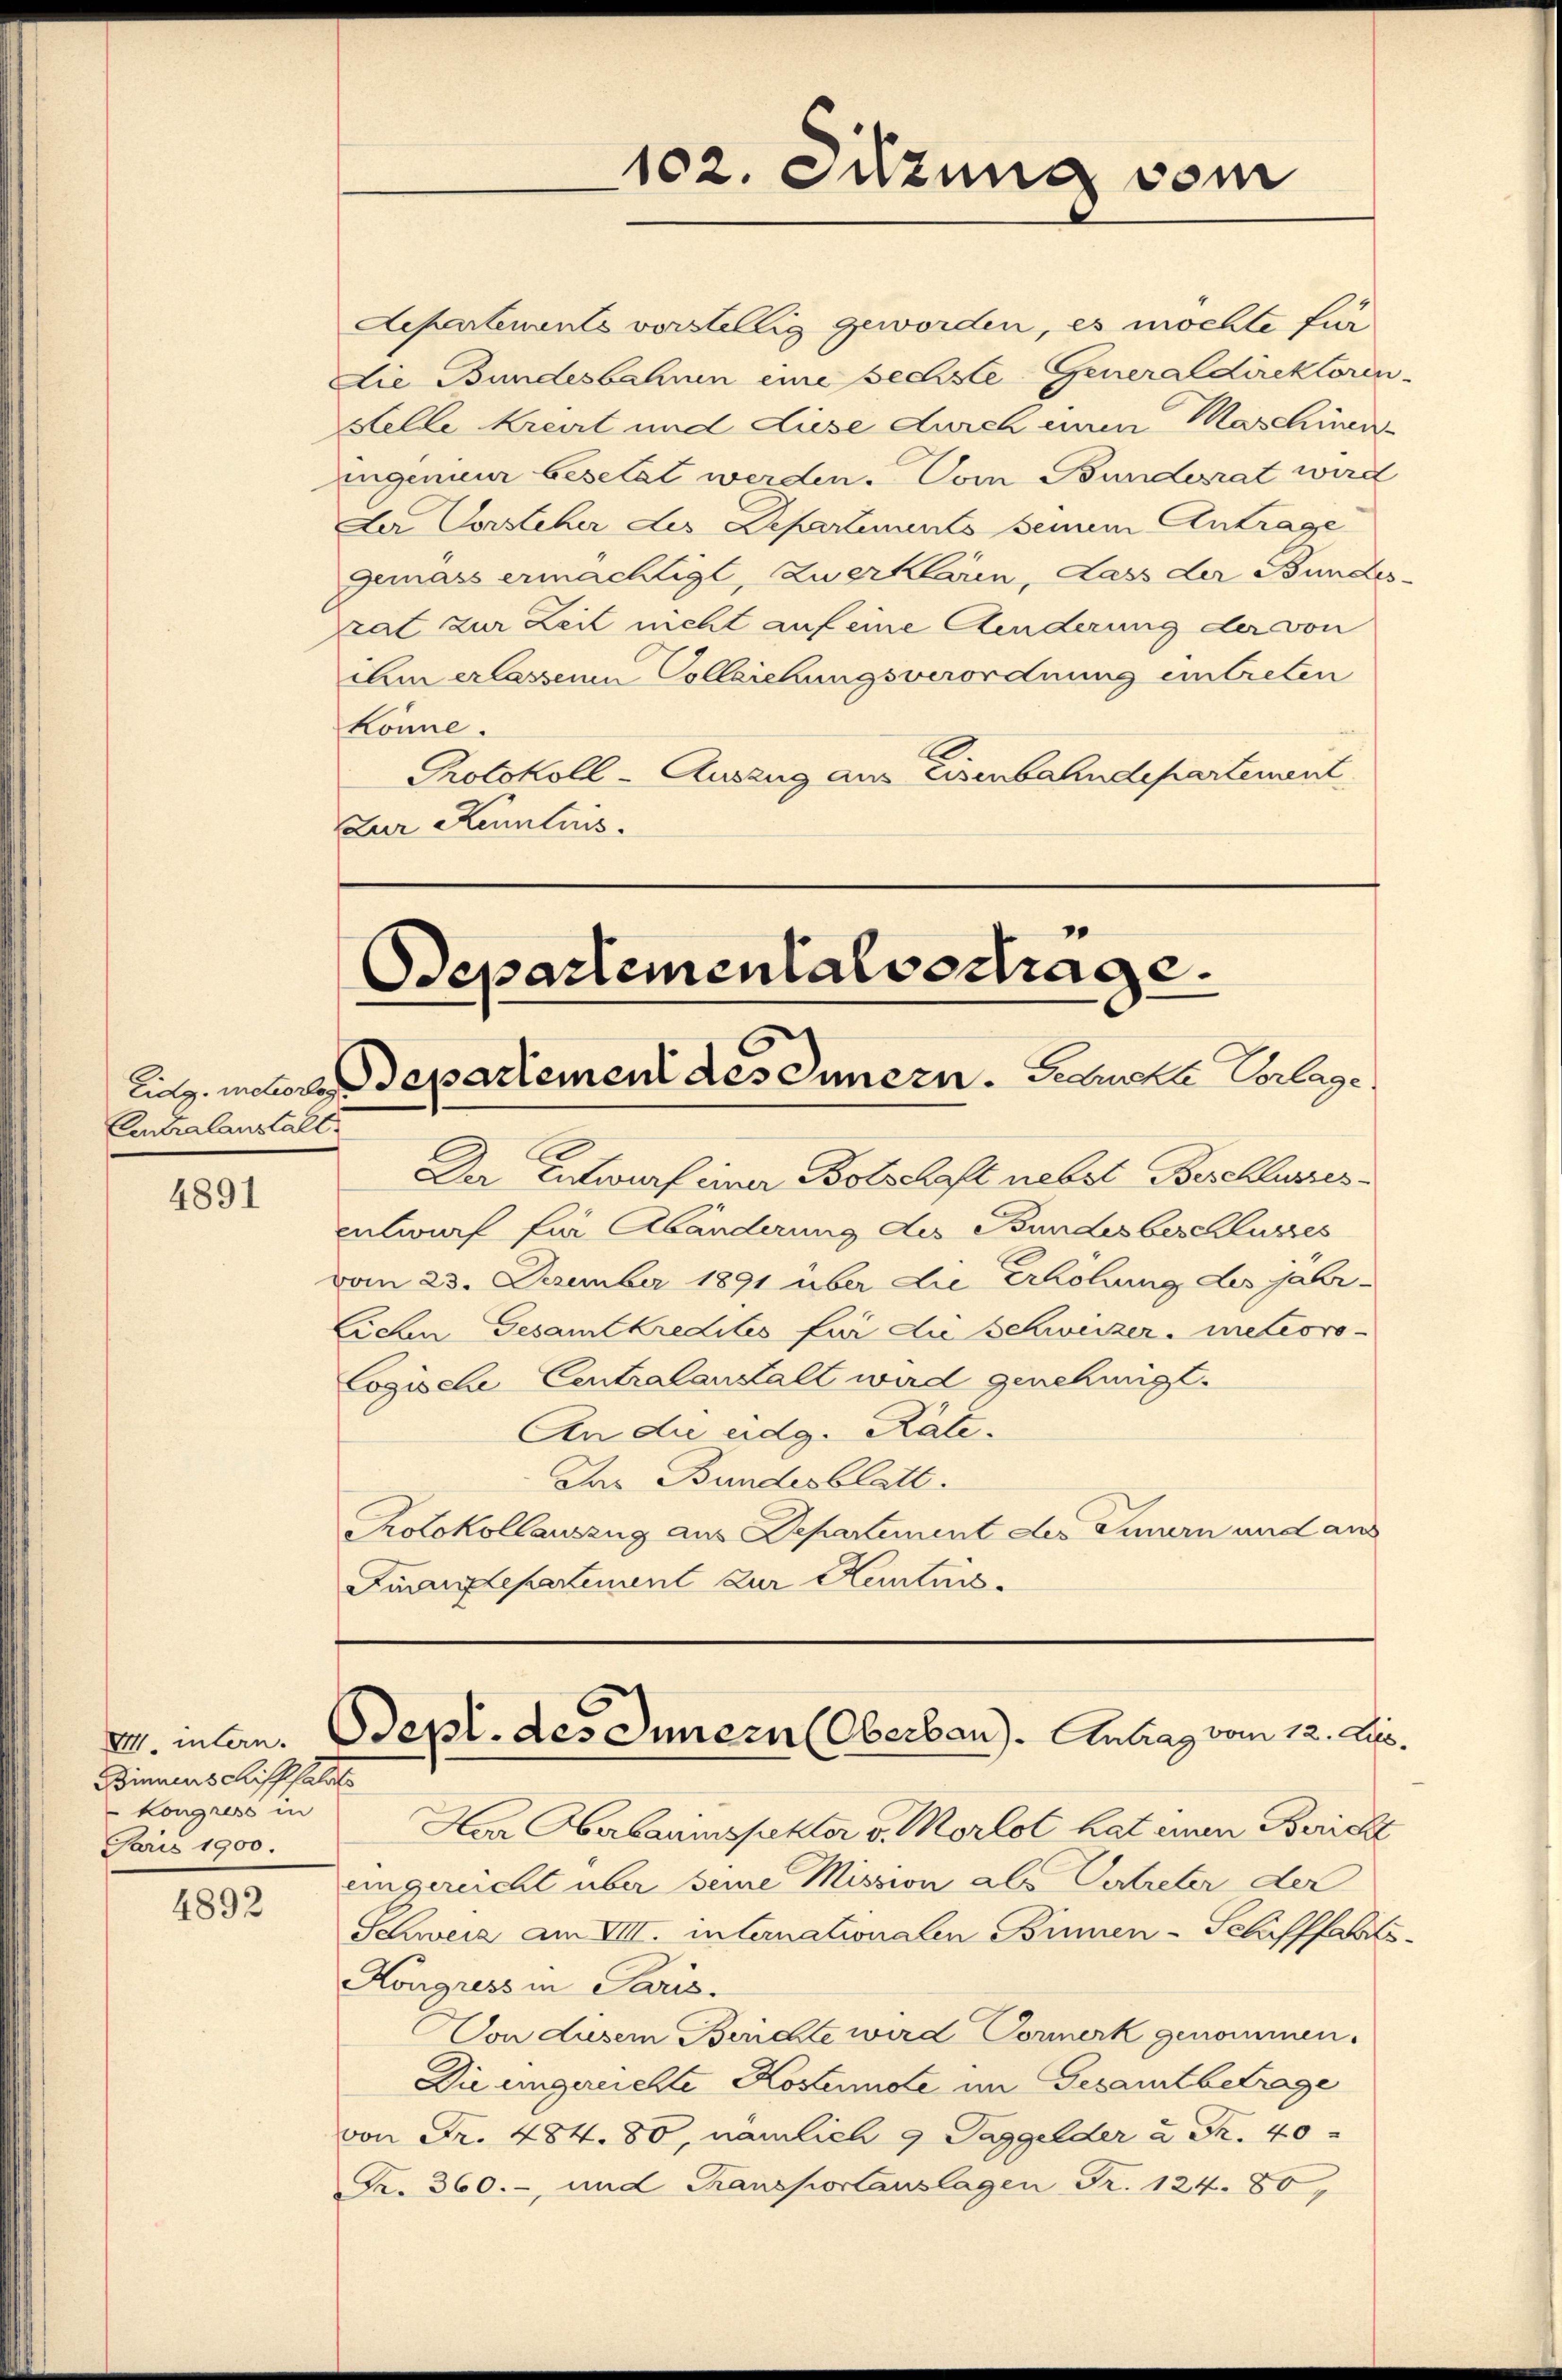
Eintralanstalt.

4891

Binnenschifffall
Kongress in
Faris 1900.

4892

Aepartements vorstellig geworden, es möchte für
Die Bundesbahnen eine sechste Generaldirektoren-
Stelle Kreist und diese durch einen Maschinen
ingenieur besetzt werden. Vom Bundesrat wird
Der Vorsteher des Departements seinem Antrage
gemäss ermächtigt, Zuerklären, Lass der Bundes-
rat zur Zeit nicht auf eine Aenderung der von
ihm erlassenen Colleichungsverordnung eintreten
könne.
Ce
Protokoll-Auszug aus Eisenbahndepartement
Zur Kenntnis.

102. Sitzung vom

Departementalvertrage.
Lielg. meliore Departement des Innern. Februckte Vorlage

Der Entwurf einer Botschaft nebst Beschlusses.
Entwurf für Abänderung des Bundesbeschlusses
vom 23. Dezember 1891 über die Erhöhung des jähr¬
Lichen Gesamtkredites für die Schweizer-Meteoro
Cogische Centralanstalt wird genehmigt.
An die eidg. Kale.
Das Bundesblatt.
Protokollauszug aus Departement des Innern und aus
Furrepartement zur Kenntnis.

E. in an. Sept. des Innern (Oberban). Antrag vom 12. Ap¬

Har Oberbauinspektor v. Morlot hat innen Bericht
eingereicht über seine Mission als Vertreter der
Schweiz am VIII. internationalen Binnen-Schifffahrts
Kongress in Paris.
Von diesem Berichte wird Vormerk genommen.
Die ungereichte Kostenste im Gesamtbetrage
von Fr. 484. 80, nämlich 9 Taggelder u Fr. 40
Fr. 360., und Transportauslagen Fr. 124. 80,